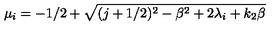
\mu _ { i } = - 1 / 2 + \sqrt { ( j + 1 / 2 ) ^ { 2 } - \beta ^ { 2 } + 2 \lambda _ { i } + k _ { 2 } \beta }